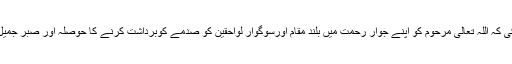
انہوں نے دعا کی کہ اللہ تعالی مرحوم کو اپنے جوار رحمت میں بلند مقام اورسوگوار لواحقین کو صدمے کوبرداشت کرنے کا حوصلہ اور صبر جمیل عطا فرمائے ۔